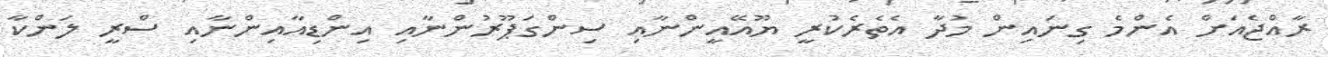
ރާއްޖެއަށް އެންމެ ގިނައިން މުދާ އެތެރެކުރީ ޔޫއޭއީންނާއި ސިންގަޕޫރުންނާއި އިންޑިއާއިންނާއި ސްރީ ލަންކާ